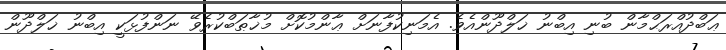
ޢަބްދުއްރަޙްމާން ބުނި އިބްނު ޚަލްދޫންއެވެ. އެމަނިކުފާނަށް ޢާންމުކޮށް މުޚާޠަބްކުރެވޭ ނަންފުޅަކީ އިބްނު ޚަލްދޫން